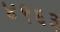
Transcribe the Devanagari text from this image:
४९६३